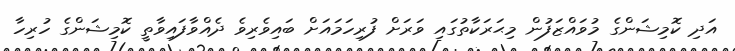
އަދި ކޮމިޝަންގެ މުވައްޒަފުން މިޙަރަކާތުގައި ވަރަށް ފުރިހަމައަށް ބައިވެރިވެ ދެއްވާފައިވާތީ ކޮމިޝަންގެ ހުރިހާ